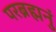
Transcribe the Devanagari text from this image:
परब्रह्मनुं